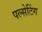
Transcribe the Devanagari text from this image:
पल्सेटिंग